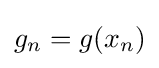
g_{n}=g(x_{n})